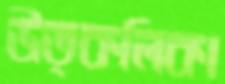
উত্কলিকা